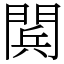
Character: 𨴴